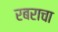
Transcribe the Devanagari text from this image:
रबराचा